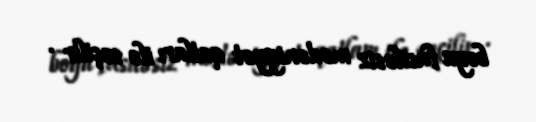
boyu fasiləsiz mədəniyyət qatları ilə seçilir .